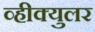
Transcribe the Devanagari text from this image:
व्हीक्युलर